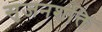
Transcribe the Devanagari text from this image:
सृजनशक्ति